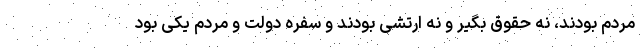
مردم بودند، نه حقوق بگیر و نه ارتشی بودند و سفره دولت و مردم یکی بود